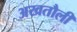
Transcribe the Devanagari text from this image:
अखतौली